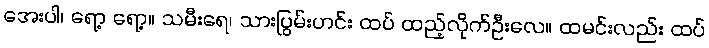
အေးပါ၊ ရော့ ရော့။ သမီးရေ၊ သားပြွမ်းဟင်း ထပ် ထည့်လိုက်ဦးလေ။ ထမင်းလည်း ထပ်